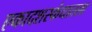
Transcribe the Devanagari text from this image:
एकादशस्‍कंधातला